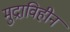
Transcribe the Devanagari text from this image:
मुद्राविहीन